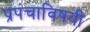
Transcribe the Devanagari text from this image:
प्रपंचाविषयी